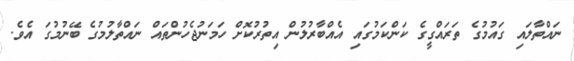
ނައްތާލައި ގައުމުގެ ތަރައްގީގެ ކަންކަމުގައި އެއްބާރުލުން އިތުރުކޮށް ހަމަނުޖެހުންތައް ނައްތާލުމުގެ ބޭނުމުގަ އެވެ.